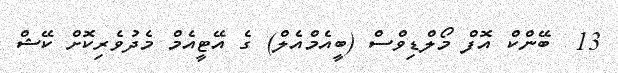
13  ބޭންކް އޮފް މޯލްޑިވްސް (ބީއެމްއެލް) ގެ އޭޓީއެމް މެދުވެރިކޮށް ކޭޝް